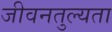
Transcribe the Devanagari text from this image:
जीवनतुल्यता